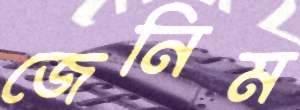
জেনিম